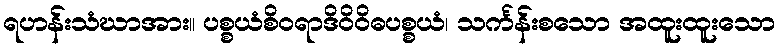
ရဟန်းသံဃာအား။ ပစ္စယံစိဝရာဒိဝိဝိဓပစ္စယံ၊ သင်္ကန်းစသော အထူးထူးသော